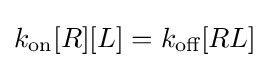
k_{\text{on}}[R][L]=k_{\text{off}}[RL]